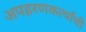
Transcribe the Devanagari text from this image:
अपहरणकर्त्यांची